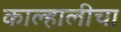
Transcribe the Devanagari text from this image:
काल्हालीचा